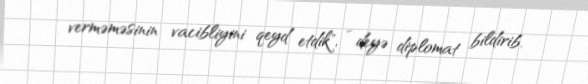
verməməsinin vacibliyini qeyd etdik", - deyə diplomat bildirib.